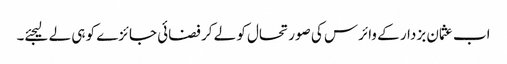
اب عثمان بزدار کے وائرس کی صورتحال کو لے کر فضائی جائزے کو ہی لے لیجئے۔